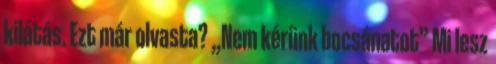
kilátás. Ezt már olvasta? „Nem kérünk bocsánatot” Mi lesz